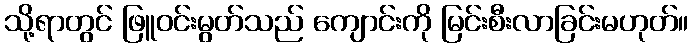
သို့ရာတွင် ဖြူဝင်းမွတ်သည် ကျောင်းကို မြင်းစီးလာခြင်းမဟုတ်။